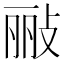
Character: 𫾲